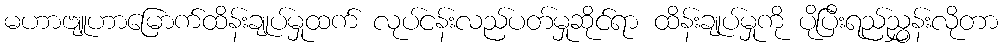
မဟာဗျူဟာမြောက်ထိန်းချုပ်မှုထက် လုပ်ငန်းလည်ပတ်မှုဆိုင်ရာ ထိန်းချုပ်မှုကို ပိုပြီးရည်ညွှန်းလိုတာ